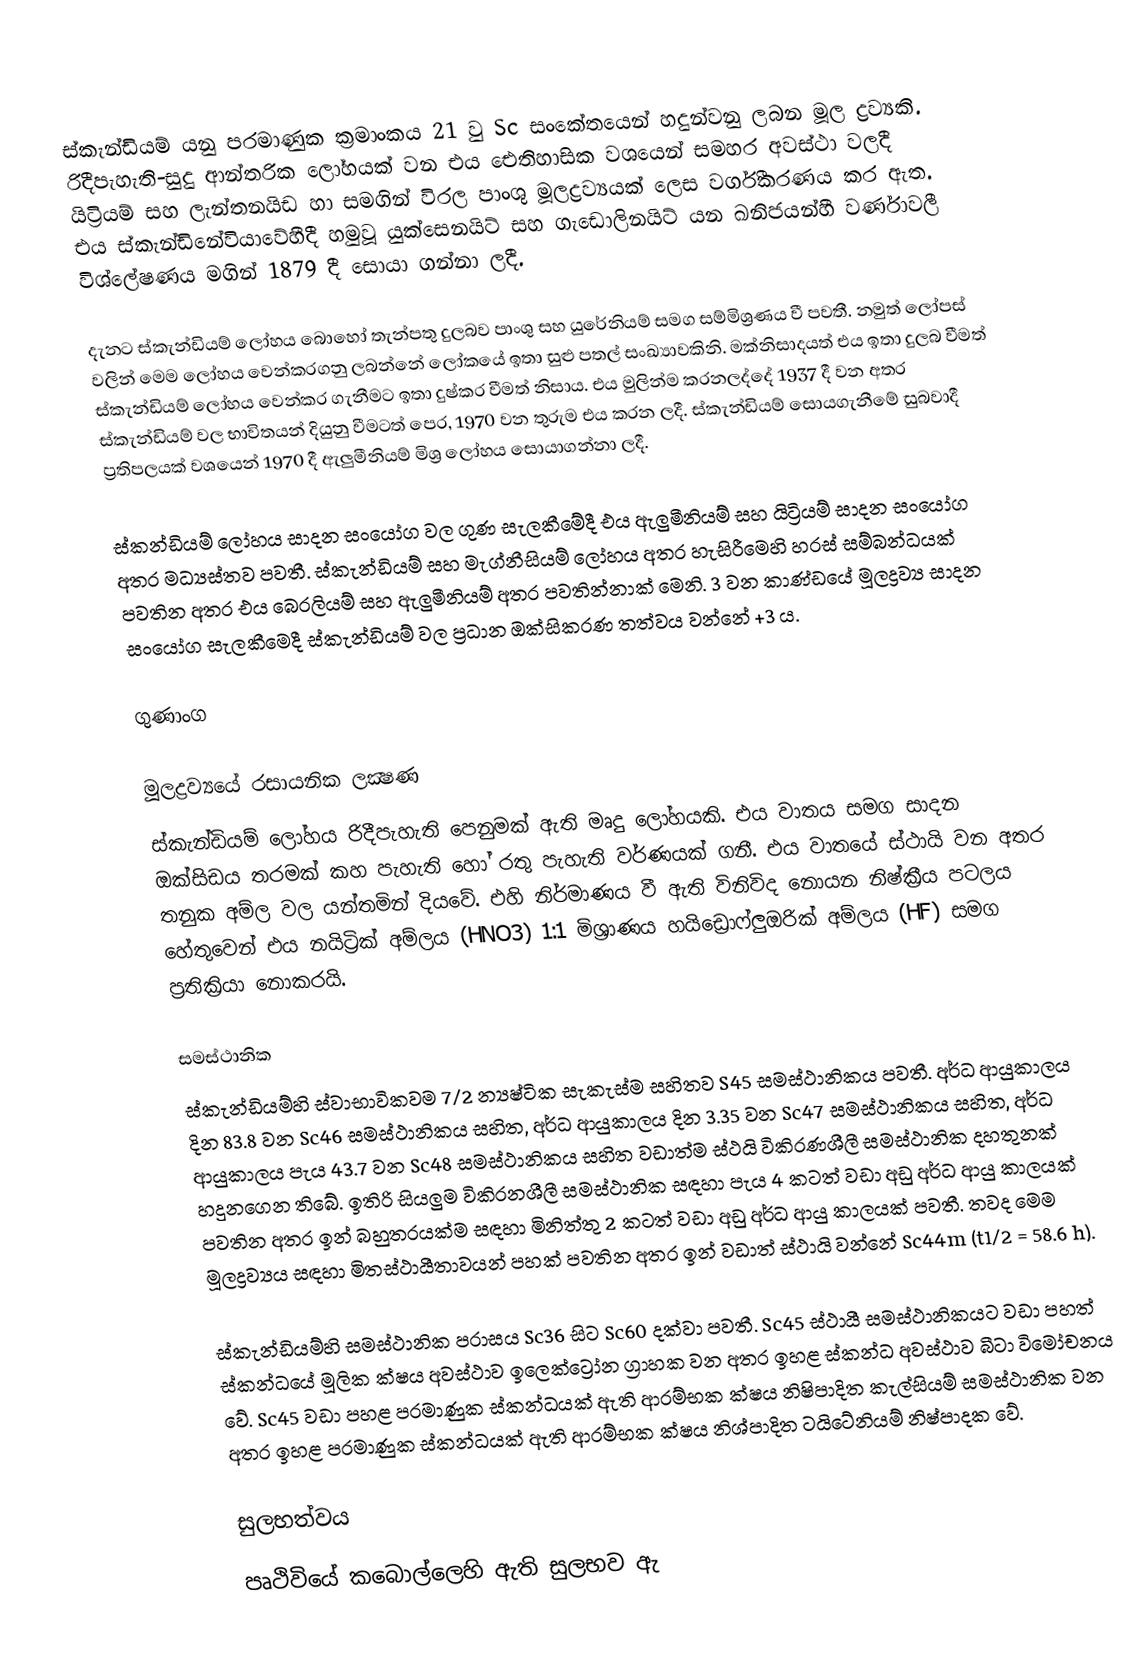
ස්කැන්ඩියම් යනු පරමාණුක ක්‍රමාංකය 21 වු Sc සංකේතයෙන් හදුන්වනු ලබන මූල ද්‍රව්‍යකි. රිදීපැහැති-සුදු ආන්තරික ලෝහයක් වන එය ඓතිහාසික වශයෙන් සමහර අවස්ථා වලදී යිට්‍රියම් සහ ලැන්තනයිඩ හා සමගින් විරල පාංශු මූලද්‍රව්‍යයක් ලෙස වර්ගීකරණය කර ඇත. එය ස්කැන්ඩිනේවියාවේහීදී හමුවූ යුක්සෙනයිට් සහ ගැඩොලිනයිට් යන ඛනිජයන්හී වර්ණාවලී විශ්ලේෂණය මගින් 1879 දී සොයා ගන්නා ලදී.

දැනට ස්කැන්ඩියම් ලෝහය බොහෝ තැන්පතු දුලබව පාංශු සහ යුරේනියම් සමග සම්මිශ්‍රණය වී පවතී. නමුත් ලෝපස් වලින් මෙම ලෝහය වෙන්කරගනු ලබන්නේ ලෝකයේ ඉතා සුළු පතල් සංඛ්‍යාවකිනි. මක්නිසාදයත් එය ඉතා දුලබ වීමත් ස්කැන්ඩියම් ලෝහය වෙන්කර ගැනීමට ඉතා දුෂ්කර වීමත් නිසාය. එය මුලින්ම කරනලද්දේ 1937 දී වන අතර ස්කැන්ඩියම් වල භාවිතයන් දියුනු වීමටත් පෙර, 1970 වන තුරුම එය කරන ලදී. ස්කැන්ඩියම් සොයගැනීමේ සුබවාදී ප්‍රතිපලයක් වශයෙන් 1970 දී ඇලුමීනියම් මිශ්‍ර ලෝහය සොයාගන්නා ලදී.

ස්කන්ඩියම් ලෝහය සාදන සංයෝග වල ගුණ සැලකීමේදී එය ඇලුමීනියම් සහ යිට්‍රියම් සාදන සංයෝග අතර මධ්‍යස්තව පවතී. ස්කැන්ඩියම් සහ මැග්නීසියම් ලෝහය අතර හැසිරීමෙහි හරස් සම්බන්ධයක් පවතින අතර එය බෙරලියම් සහ ඇලුමීනියම් අතර පවතින්නාක් මෙනි. 3 වන කාණ්ඩයේ මූලද්‍රව්‍ය සාදන සංයෝග සැලකීමෙදී ස්කැන්ඩියම් වල ප්‍රධාන ඔක්සිකරණ තත්වය වන්නේ +3 ය.

ගුණාංග

මූලද්‍රව්‍යයේ රසායනික ලක්‍ෂණ
ස්කැන්ඩියම් ලෝහය රිදීපැහැති පෙනුමක් ඇති මෘදු ලෝහයකි. එය වාතය සමග සාදන ඔක්සිඩය තරමක් කහ පැහැති හෝ රතු පැහැති වර්ණයක් ගනී. එය වාතයේ ස්ථායි වන අතර තනුක අම්ල වල යන්තමින් දියවේ. එහි නිර්මාණය වී ඇති විනිවිද නොයන නිෂ්ක්‍රීය පටලය හේතුවෙන් එය නයිට්‍රික් අම්ලය (HNO3) 1:1 මිශ්‍රාණය හයිඩ්‍රොෆ්ලුඔරික් අම්ලය (HF) සමග ප්‍රතික්‍රියා නොකරයි.

සමස්ථානික
ස්කැන්ඩියම්හි ස්වාභාවිකවම 7/2 න්‍යෂ්ටික සැකැස්ම සහිතව S45 සමස්ථානිකය පවතී. අර්ධ ආයුකාලය දින 83.8 වන Sc46 සමස්ථානිකය සහිත, අර්ධ ආයුකාලය දින 3.35 වන Sc47 සමස්ථානිකය සහිත, අර්ධ ආයුකාලය පැය 43.7 වන Sc48 සමස්ථානිකය සහිත වඩාත්ම ස්ථයි විකිරණශීලී සමස්ථානික දහතුනක් හදුනගෙන තිබේ. ඉතිරි සියලුම විකිරනශීලී සමස්ථානික සඳහා පැය 4 කටත් වඩා අඩු අර්ධ ආයු කාලයක් පවතින අතර ඉන් බහුතරයක්ම සඳහා මිනිත්තු 2 කටත් වඩා අඩු අර්ධ ආයු කාලයක් පවතී. තවද මෙම මූලද්‍රව්‍යය සඳහා මිතස්ථායීතාවයන් පහක් පවතින අතර ඉන් වඩාත් ස්ථායි වන්නේ Sc44m (t1/2 = 58.6 h).

ස්කැන්ඩියම්හි සමස්ථානික පරාසය Sc36 සිට Sc60 දක්වා පවතී. Sc45 ස්ථායී සමස්ථානිකයට වඩා පහත් ස්කන්ධයේ මූලික ක්ෂය අවස්ථාව ඉලෙක්ට්‍රෝන ග්‍රාහක වන අතර ඉහළ ස්කන්ධ අවස්ථාව බීටා විමෝචනය වේ. Sc45 වඩා පහළ පරමාණුක ස්කන්ධයක් ඇති ආරම්භක ක්ෂය නිෂිපාදිත කැල්සියම් සමස්ථානික වන අතර ඉහළ පරමාණුක ස්කන්ධයක් ඇති ආරම්භක ක්ෂය නිශ්පාදිත ටයිටේනියම් නිෂ්පාදක වේ.

සුලභත්වය
පෘථිවියේ කබොල්ලෙහි ඇති සුලභව ඇ